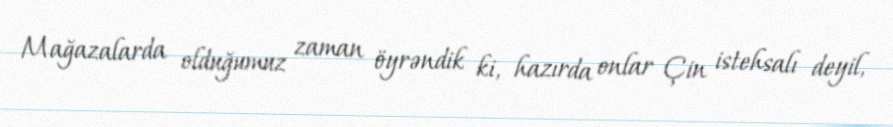
Mağazalarda olduğumuz zaman öyrəndik ki, hazırda onlar Çin istehsalı deyil,